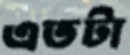
এতটা